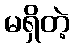
မရှိတဲ့